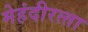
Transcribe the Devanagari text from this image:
मेहंदीरत्‍ता